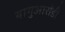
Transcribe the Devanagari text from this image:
यागुआरोंडी